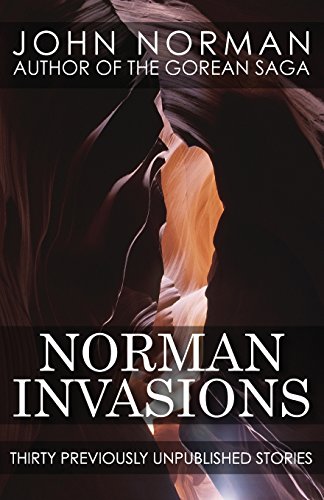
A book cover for Norman Invasions; John Norman; Romance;